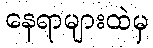
နေရာများထဲမှ